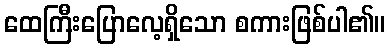
ထေကြီးပြောလေ့ရှိသော စကားဖြစ်ပါ၏။